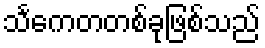
သင်္ကေတတစ်ခုဖြစ်သည်